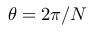
\theta = 2 \pi / N